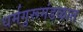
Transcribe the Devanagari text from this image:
धर्मगुरूमंडळात